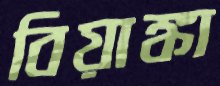
বিয়াঙ্কা